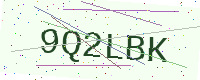
Text: 9Q2LBK